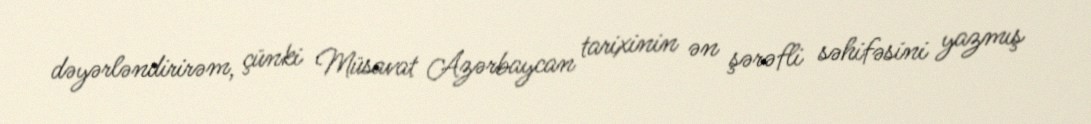
dəyərləndirirəm, çünki Müsavat Azərbaycan tarixinin ən şərəfli səhifəsini yazmış